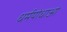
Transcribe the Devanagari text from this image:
धर्मयोधाओ